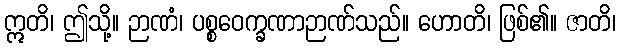
ဣတိ၊ ဤသို့။ ဉာဏံ၊ ပစ္စဝေက္ခဏာဉာဏ်သည်။ ဟောတိ၊ ဖြစ်၏။ ဇာတိ၊